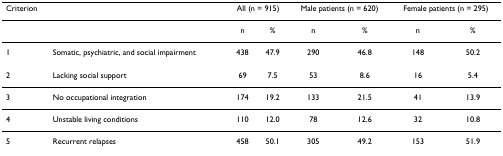
| Criterion |  | <COLSPAN=2> All (n = 915) | <COLSPAN=2> Male patients (n = 620) | <COLSPAN=2> Female patients (n = 295) |
 | --- | --- | --- | --- | --- | --- | --- | --- |
 |  |  | n | % | n | % | n | % |
 | 1 | Somatic, psychiatric, and social impairment | 438 | 47.9 | 290 | 46.8 | 148 | 50.2 |
 | 2 | Lacking social support | 69 | 7.5 | 53 | 8.6 | 16 | 5.4 |
 | 3 | No occupational integration | 174 | 19.2 | 133 | 21.5 | 41 | 13.9 |
 | 4 | Unstable living conditions | 110 | 12.0 | 78 | 12.6 | 32 | 10.8 |
 | 5 | Recurrent relapses | 458 | 50.1 | 305 | 49.2 | 153 | 51.9 |